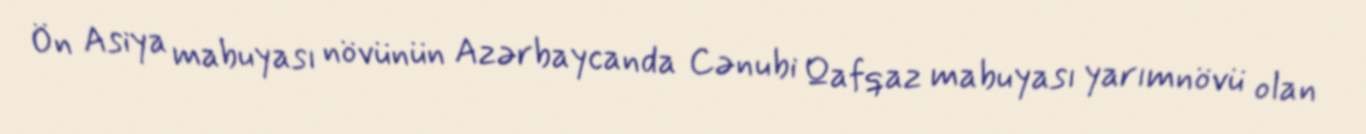
Ön Asiya mabuyası növünün Azərbaycanda Cənubi Qafqaz mabuyası yarımnövü olan